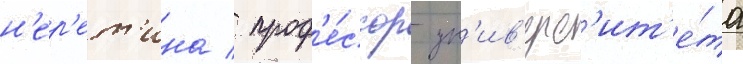
н'ер'ет'ина / проф'е́ссор ун'ив'ерс'ит'е́та